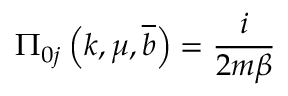
\Pi _ { 0 j } \left( k , \mu , \overline { { { b } } } \right) = \frac { i } { 2 m \beta }